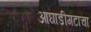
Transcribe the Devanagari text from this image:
आघाडीगटाचा